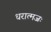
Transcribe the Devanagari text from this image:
धरात्मजः